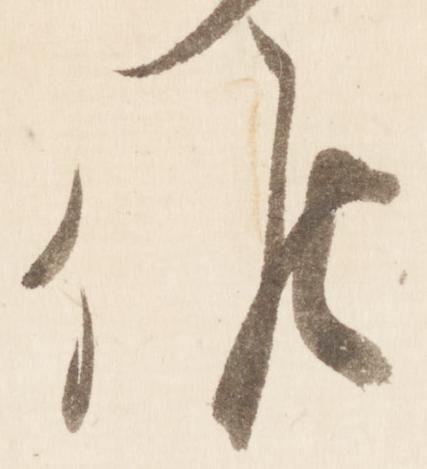
候